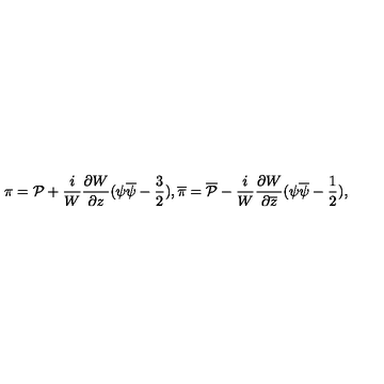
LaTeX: \pi = { \cal P } + \frac { i } { W } \frac { \partial W } { \partial z } ( \psi \overline { { \psi } } - \frac { 3 } { 2 } ) , \overline { { \pi } } = \overline { { { \cal P } } } - \frac { i } { W } \frac { \partial W } { \partial \overline { { z } } } ( \psi \overline { { \psi } } - \frac { 1 } { 2 } ) ,